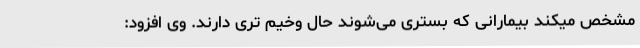
مشخص میکند بیمارانی که بستری می‌شوند حال وخیم تری دارند. وی افزود: